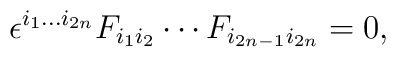
\epsilon^{i_1\ldots i_{2n}} F_{i_1 i_2} \cdots F_{i_{2n-1} i_{2n}}=0 ,